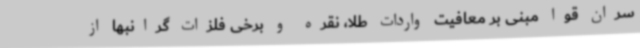
سران قوا مبنی بر معافیت واردات طلا،‌ نقره و برخی فلزات گرانبها از